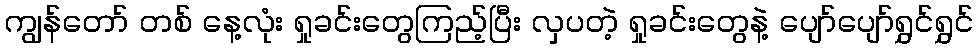
ကျွန်တော် တစ် နေ့လုံး ရှုခင်းတွေကြည့်ပြီး လှပတဲ့ ရှုခင်းတွေနဲ့ ပျော်ပျော်ရွှင်ရွှင်